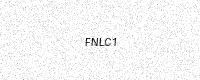
Text: FNLC1